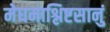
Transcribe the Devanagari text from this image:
मेघमाश्लिष्टसानुं